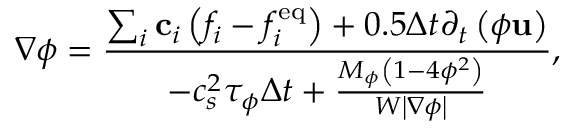
\nabla \phi = \frac { { \sum _ { i } { { { \bf { c } } _ { i } } \left( { { f _ { i } } - f _ { i } ^ { \mathrm { { e q } } } } \right) } + 0 . 5 \Delta t { \partial _ { t } } \left( { \phi { \bf { u } } } \right) } } { { - c _ { s } ^ { 2 } { \tau _ { \phi } } \Delta t + \frac { { { M _ { \phi } } \left( { 1 - 4 { \phi ^ { 2 } } } \right) } } { { W \left| { \nabla \phi } \right| } } } } ,